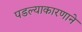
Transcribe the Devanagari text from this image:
पडल्याकारणाने